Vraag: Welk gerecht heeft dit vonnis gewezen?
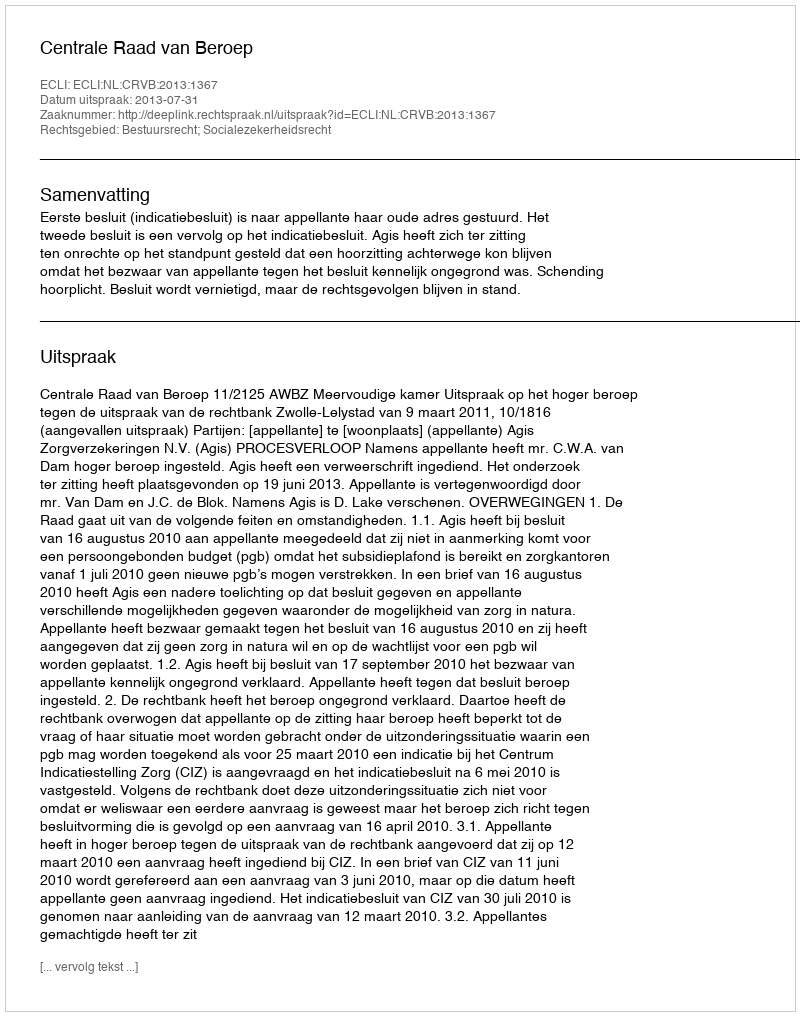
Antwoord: Centrale Raad van Beroep